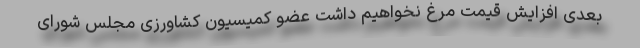
بعدی افزایش قیمت مرغ نخواهیم داشت عضو کمیسیون کشاورزی مجلس شورای